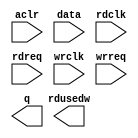
// megafunction wizard: %FIFO%VBB%
// GENERATION: STANDARD
// VERSION: WM1.0
// MODULE: dcfifo 

// ============================================================
// Megafunction Name(s):
// 			dcfifo
//
// Simulation Library Files(s):
// 			
// ============================================================
// ************************************************************
// THIS IS A WIZARD-GENERATED FILE. DO NOT EDIT THIS FILE!
//
// 13.1.0 Build 162 10/23/2013 SJ Full Version
// ************************************************************

//Copyright (C) 1991-2013 Altera Corporation
//Your use of Altera Corporation's design tools, logic functions 
//and other software and tools, and its AMPP partner logic 
//functions, and any output files from any of the foregoing 
//(including device programming or simulation files), and any 
//associated documentation or information are expressly subject 
//to the terms and conditions of the Altera Program License 
//Subscription Agreement, Altera MegaCore Function License 
//Agreement, or other applicable license agreement, including, 
//without limitation, that your use is for the sole purpose of 
//programming logic devices manufactured by Altera and sold by 
//Altera or its authorized distributors.  Please refer to the 
//applicable agreement for further details.

module wrfifo (
	aclr,
	data,
	rdclk,
	rdreq,
	wrclk,
	wrreq,
	q,
	rdusedw);

	input	  aclr;
	input	[15:0]  data;
	input	  rdclk;
	input	  rdreq;
	input	  wrclk;
	input	  wrreq;
	output	[15:0]  q;
	output	[10:0]  rdusedw;
`ifndef ALTERA_RESERVED_QIS
// synopsys translate_off
`endif
	tri0	  aclr;
`ifndef ALTERA_RESERVED_QIS
// synopsys translate_on
`endif

endmodule

// ============================================================
// CNX file retrieval info
// ============================================================
// Retrieval info: PRIVATE: AlmostEmpty NUMERIC "0"
// Retrieval info: PRIVATE: AlmostEmptyThr NUMERIC "-1"
// Retrieval info: PRIVATE: AlmostFull NUMERIC "0"
// Retrieval info: PRIVATE: AlmostFullThr NUMERIC "-1"
// Retrieval info: PRIVATE: CLOCKS_ARE_SYNCHRONIZED NUMERIC "1"
// Retrieval info: PRIVATE: Clock NUMERIC "4"
// Retrieval info: PRIVATE: Depth NUMERIC "2048"
// Retrieval info: PRIVATE: Empty NUMERIC "1"
// Retrieval info: PRIVATE: Full NUMERIC "1"
// Retrieval info: PRIVATE: INTENDED_DEVICE_FAMILY STRING "Cyclone II"
// Retrieval info: PRIVATE: LE_BasedFIFO NUMERIC "0"
// Retrieval info: PRIVATE: LegacyRREQ NUMERIC "1"
// Retrieval info: PRIVATE: MAX_DEPTH_BY_9 NUMERIC "0"
// Retrieval info: PRIVATE: OVERFLOW_CHECKING NUMERIC "0"
// Retrieval info: PRIVATE: Optimize NUMERIC "2"
// Retrieval info: PRIVATE: RAM_BLOCK_TYPE NUMERIC "0"
// Retrieval info: PRIVATE: SYNTH_WRAPPER_GEN_POSTFIX STRING "0"
// Retrieval info: PRIVATE: UNDERFLOW_CHECKING NUMERIC "0"
// Retrieval info: PRIVATE: UsedW NUMERIC "1"
// Retrieval info: PRIVATE: Width NUMERIC "16"
// Retrieval info: PRIVATE: dc_aclr NUMERIC "1"
// Retrieval info: PRIVATE: diff_widths NUMERIC "0"
// Retrieval info: PRIVATE: msb_usedw NUMERIC "0"
// Retrieval info: PRIVATE: output_width NUMERIC "16"
// Retrieval info: PRIVATE: rsEmpty NUMERIC "0"
// Retrieval info: PRIVATE: rsFull NUMERIC "0"
// Retrieval info: PRIVATE: rsUsedW NUMERIC "1"
// Retrieval info: PRIVATE: sc_aclr NUMERIC "0"
// Retrieval info: PRIVATE: sc_sclr NUMERIC "0"
// Retrieval info: PRIVATE: wsEmpty NUMERIC "0"
// Retrieval info: PRIVATE: wsFull NUMERIC "0"
// Retrieval info: PRIVATE: wsUsedW NUMERIC "0"
// Retrieval info: LIBRARY: altera_mf altera_mf.altera_mf_components.all
// Retrieval info: CONSTANT: INTENDED_DEVICE_FAMILY STRING "Cyclone II"
// Retrieval info: CONSTANT: LPM_HINT STRING "MAXIMIZE_SPEED=5,"
// Retrieval info: CONSTANT: LPM_NUMWORDS NUMERIC "2048"
// Retrieval info: CONSTANT: LPM_SHOWAHEAD STRING "OFF"
// Retrieval info: CONSTANT: LPM_TYPE STRING "dcfifo"
// Retrieval info: CONSTANT: LPM_WIDTH NUMERIC "16"
// Retrieval info: CONSTANT: LPM_WIDTHU NUMERIC "11"
// Retrieval info: CONSTANT: OVERFLOW_CHECKING STRING "ON"
// Retrieval info: CONSTANT: RDSYNC_DELAYPIPE NUMERIC "3"
// Retrieval info: CONSTANT: UNDERFLOW_CHECKING STRING "ON"
// Retrieval info: CONSTANT: USE_EAB STRING "ON"
// Retrieval info: CONSTANT: WRITE_ACLR_SYNCH STRING "OFF"
// Retrieval info: CONSTANT: WRSYNC_DELAYPIPE NUMERIC "3"
// Retrieval info: USED_PORT: aclr 0 0 0 0 INPUT GND "aclr"
// Retrieval info: USED_PORT: data 0 0 16 0 INPUT NODEFVAL "data[15..0]"
// Retrieval info: USED_PORT: q 0 0 16 0 OUTPUT NODEFVAL "q[15..0]"
// Retrieval info: USED_PORT: rdclk 0 0 0 0 INPUT NODEFVAL "rdclk"
// Retrieval info: USED_PORT: rdreq 0 0 0 0 INPUT NODEFVAL "rdreq"
// Retrieval info: USED_PORT: rdusedw 0 0 11 0 OUTPUT NODEFVAL "rdusedw[10..0]"
// Retrieval info: USED_PORT: wrclk 0 0 0 0 INPUT NODEFVAL "wrclk"
// Retrieval info: USED_PORT: wrreq 0 0 0 0 INPUT NODEFVAL "wrreq"
// Retrieval info: CONNECT: @aclr 0 0 0 0 aclr 0 0 0 0
// Retrieval info: CONNECT: @data 0 0 16 0 data 0 0 16 0
// Retrieval info: CONNECT: @rdclk 0 0 0 0 rdclk 0 0 0 0
// Retrieval info: CONNECT: @rdreq 0 0 0 0 rdreq 0 0 0 0
// Retrieval info: CONNECT: @wrclk 0 0 0 0 wrclk 0 0 0 0
// Retrieval info: CONNECT: @wrreq 0 0 0 0 wrreq 0 0 0 0
// Retrieval info: CONNECT: q 0 0 16 0 @q 0 0 16 0
// Retrieval info: CONNECT: rdusedw 0 0 11 0 @rdusedw 0 0 11 0
// Retrieval info: GEN_FILE: TYPE_NORMAL wrfifo.v TRUE
// Retrieval info: GEN_FILE: TYPE_NORMAL wrfifo.inc FALSE
// Retrieval info: GEN_FILE: TYPE_NORMAL wrfifo.cmp FALSE
// Retrieval info: GEN_FILE: TYPE_NORMAL wrfifo.bsf FALSE
// Retrieval info: GEN_FILE: TYPE_NORMAL wrfifo_inst.v FALSE
// Retrieval info: GEN_FILE: TYPE_NORMAL wrfifo_bb.v TRUE